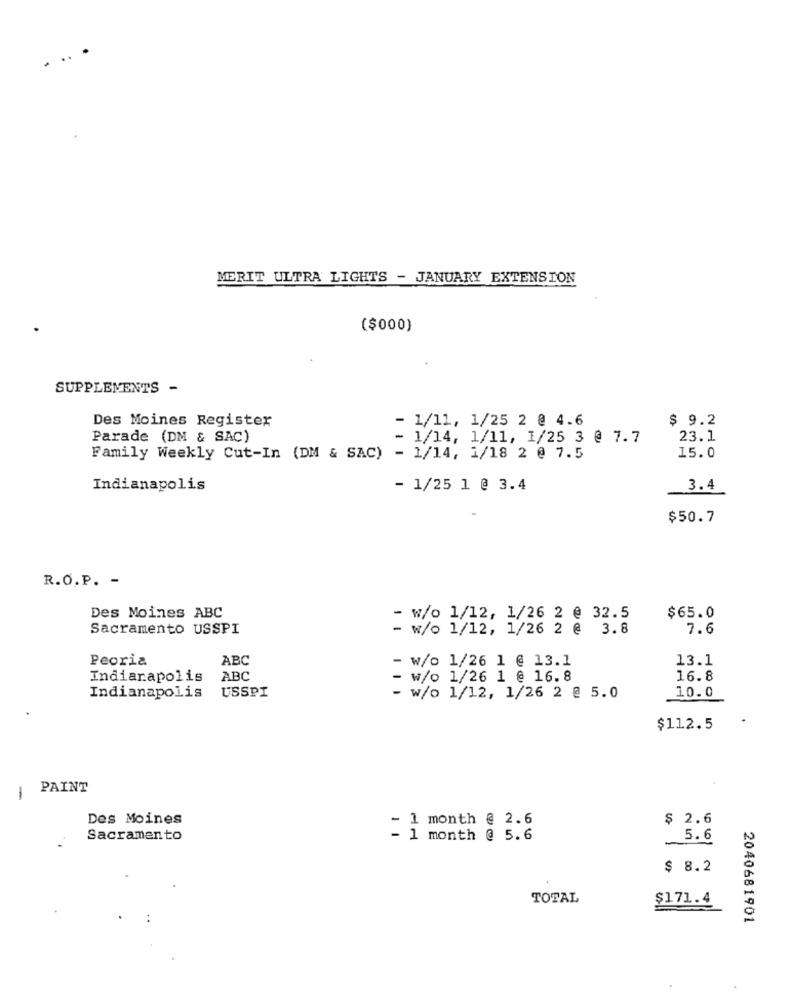
MERIT ULTRA LIGHTS - JANUARY EXTENSION
($000)
SUPPLEMENTS -
Des Moines Register
- 1/11, 1/25 2 @ 4.6
$ 9.2
Parade (DM & SAC)
- 1/14, 1/11, 1/25 3 @ 7.7
23.1
Family Weekly Cut-In (DM & SAC) - 1/14, 1/18 2 @ 7.5
15.0
Indianapolis
- 1/25 1 @ 3.4
3.4
$50.7
R.O.P. -
Des Moines ABC
- w/o 1/12, 1/26 2 @ 32.5
$65.0
Sacramento USSPI
- w/o 1/12, 1/26 2 @ 3.8
7.6
Peoria
ABC
13.1
- w/o 1/26 1 @ 13.1
Indianapolis
ABC
- w/o 1/26 1 @ 16.8
16.8
USSPI
Indianapolis
- w/o 1/12, 1/26 2 @ 5.0
10.0
$112.5
PAINT
1
Des Moines
- 1 month @ 2.6
$ 2.6
Sacramento
- 1 month @ 5.6
5.6
$ 8.2
TOTAL
$171.4
2040681901